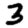
Digit: 3